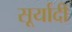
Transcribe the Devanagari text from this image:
सूर्यादी